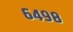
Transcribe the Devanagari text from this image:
६४९८